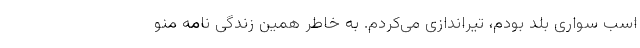
اسب سواری بلد بودم، تیراندازی می‌کردم. به خاطر همین زندگی نامه منو